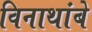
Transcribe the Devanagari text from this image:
विनाथांबे